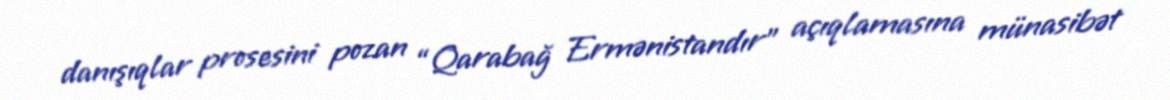
danışıqlar prosesini pozan “Qarabağ Ermənistandır” açıqlamasına münasibət